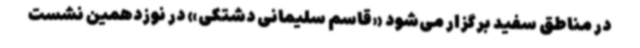
در مناطق سفید برگزار می‌شود «قاسم سلیمانی دشتکی» در نوزدهمین نشست